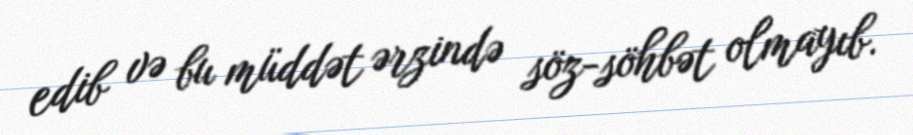
edib və bu müddət ərzində söz-söhbət olmayıb.